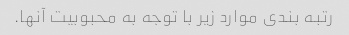
رتبه بندی موارد زیر با توجه به محبوبیت آنها.